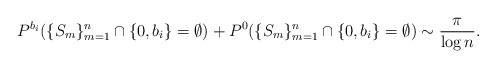
LaTeX: \begin{align*}P^{b_i}(\{S_m\}_{m=1}^n \cap \{0,b_{i}\} = \emptyset)+P^{0}(\{S_m\}_{m=1}^n \cap \{0,b_{i}\} = \emptyset)\sim \frac{\pi}{\log n}. \end{align*}